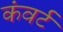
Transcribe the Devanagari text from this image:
कंवर्ट